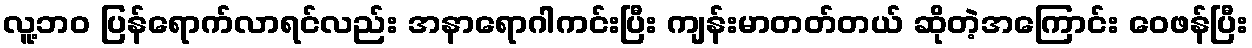
လူ့ဘဝ ပြန်ရောက်လာရင်လည်း အနာရောဂါကင်းပြီး ကျန်းမာတတ်တယ် ဆိုတဲ့အကြောင်း ဝေဖန်ပြီး